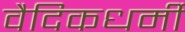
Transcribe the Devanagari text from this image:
वैदिकधर्मी